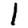
Digit: 1